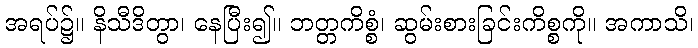
အရပ်၌။ နိသီဒိတွာ၊ နေပြီး၍။ ဘတ္တကိစ္စံ၊ ဆွမ်းစားခြင်းကိစ္စကို။ အကာသိ၊